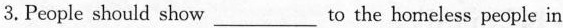
3.People should show___to the homeless people in